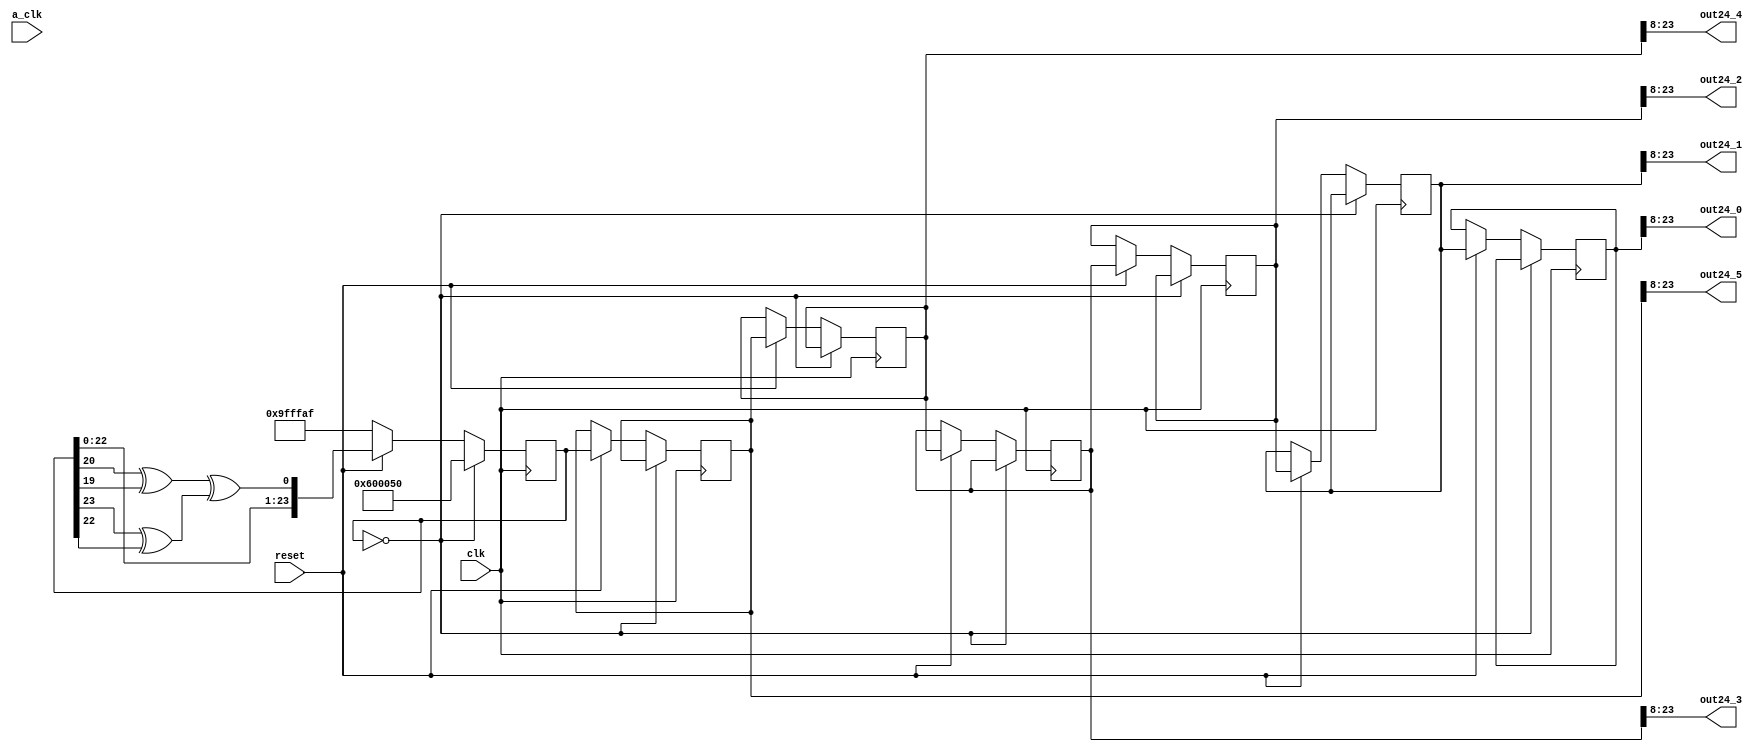

module lfsr    (//originally based on borrowed code, reworked following CDA lecture.

//MARGINALLY cheaper to do registered outputs than separate LFSRS, also makes for velocity control.

output wire signed [15:0] out24_5,
output wire signed [15:0] out24_4,
output wire signed [15:0] out24_3,
output wire signed [15:0] out24_2,
output wire signed [15:0] out24_1,
output wire signed [15:0] out24_0,

input wire a_clk, clk, reset
);


reg  [23:0] out24ref_6;
reg  [23:0] out24ref_5;
reg  [23:0] out24ref_4;
reg  [23:0] out24ref_3;
reg  [23:0] out24ref_2;
reg  [23:0] out24ref_1;
reg  [23:0] out24ref_0;

wire [23:0]data;
assign data = 24'h9ff_faf;

reg signed [23:0] out;
wire        linear_feedback;
//-------------Code Starts Here-------
assign linear_feedback = (out[20] ^ out[19]  ) ^ (out[23] ^ out[22]  );
always @(posedge clk)
begin
if (reset == 1'b0)
	begin // active high reset
  out <= data;
	end
if (out == 24'h0)
	begin // active high reset
  out <= ~data;
	end
	else if (reset)
	begin
	out <= {out[22:0],linear_feedback};
	out24ref_5 <= out;
	out24ref_4 <= out24ref_5;
	out24ref_3 <= out24ref_4;
	out24ref_2 <= out24ref_3;
	out24ref_1 <= out24ref_2;
	out24ref_0 <= out24ref_1;
	end
	end


	assign out24_5 = $signed(out24ref_5[23:8]);
	assign out24_4 = $signed(out24ref_4[23:8]);
	assign out24_3 = $signed(out24ref_3[23:8]);
	assign out24_2 = $signed(out24ref_2[23:8]);
	assign out24_1 = $signed(out24ref_1[23:8]);
	assign out24_0 = $signed(out24ref_0[23:8]);

endmodule // End Of Module counter